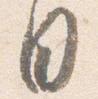
日